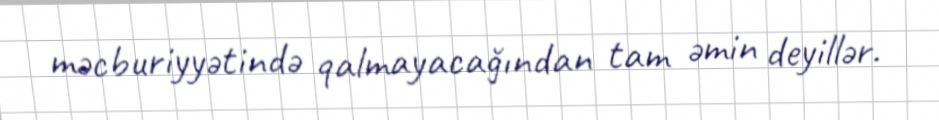
məcburiyyətində qalmayacağından tam əmin deyillər.